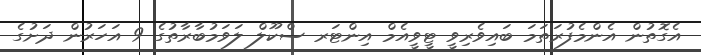
އެގޮތުން އެންމެފުރަތަމަ ބައިވެރިވީ ޓީވީއެމް އިންޓަރ ސްކޫލް ލަވަމުބާރާތުގެ 9 އަހަރުން ދަށުގެ